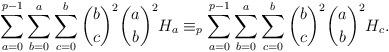
LaTeX: \begin{align*} \sum_{a=0}^{p-1}\sum_{b=0}^a\sum_{c=0}^b\binom{b}c^2\binom{a}b^2H_a\equiv_p\sum_{a=0}^{p-1}\sum_{b=0}^a\sum_{c=0}^b\binom{b}c^2\binom{a}b^2H_c. \end{align*}